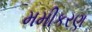
મમીકરણ